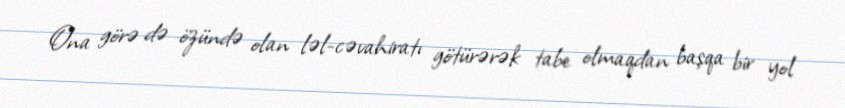
Ona görə də özündə olan ləl-cəvahiratı götürərək tabe olmaqdan başqa bir yol